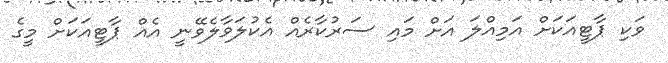
ވަކި ޕާޓީއަކަށް އަމިއްލަ އަށް މައި ސަރުކާރެއް އެކުލަވާލެވޭނީ އެއް ޕާޓީއަކަށް މީގެ